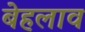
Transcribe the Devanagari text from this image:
बेहलाव